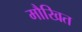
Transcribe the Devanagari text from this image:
मौखित